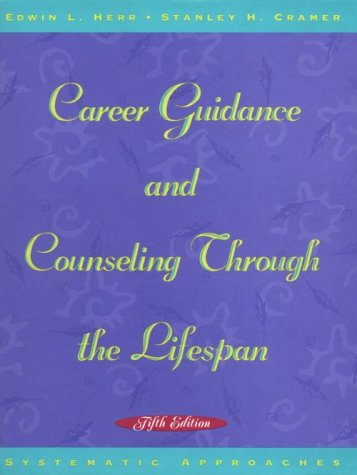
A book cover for Career Guidance and Counseling through the Lifespan, Fifth Edition; Edwin L. Herr; Business & Money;